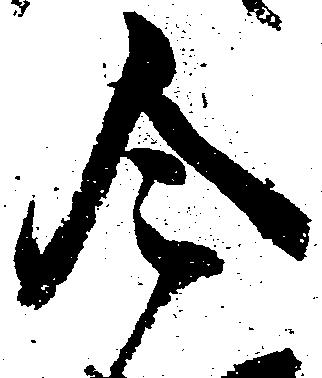
令